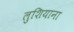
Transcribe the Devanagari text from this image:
लुशियाना